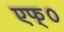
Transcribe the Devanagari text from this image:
एफ्‌०